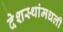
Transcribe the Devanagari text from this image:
देशस्थांमधली